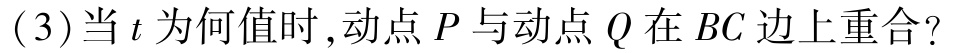
(3)当\(t\)为何值时,动点\(P\)与动点\(Q\)在\(BC\)边上重合?